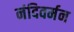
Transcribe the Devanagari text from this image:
नंदिवर्मन